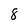
Character: 8